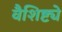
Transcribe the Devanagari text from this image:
वैशिष्ट्येेे